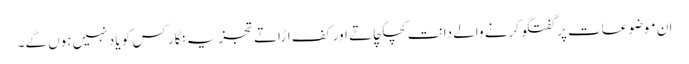
ان موضوعات پر گفتگو کرنے والے دانت کچکچاتے اور کف اڑاتے تجزیہ نگار کس کو یاد نہیں ہوں گے۔